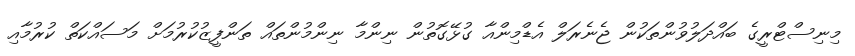
މިނިސްޓްރީގެ ބައްދަލުވުންތަކުން ޖެނެރަލް އެޑްމިންއާ ގުޅޭގޮތުން ނިންމާ ނިންމުންތައް ތަންފީޒުކުރުމަށް މަސައްކަތް ކުރުމާއި